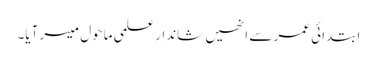
ابتدائی عمر سے انھیں شاندار علمی ماحول میسر آیا۔